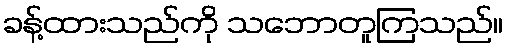
ခန့်ထားသည်ကို သဘောတူကြသည်။